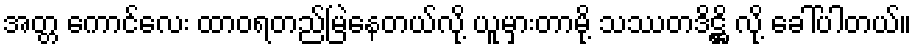
အတ္တ ကောင်လေး ထာဝရတည်မြဲနေတယ်လို့ ယူမှားတာမို့ သဿတဒိဋ္ဌိ လို့ ခေါ်ပါတယ်။